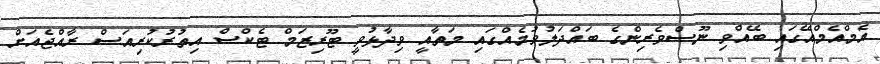
އެމްއެމްއޭގައި ބޭއްވި ނޫސްވެރިންގެ ބައްދަލުވުމެއްގައި މަތާއީ ވިދާޅުވީ ޓޫރިޒަމް ޓެކްސް އިތުރުކުރިއަސް ރާއްޖެއަށް